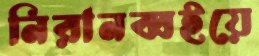
নিরানব্বইয়ে